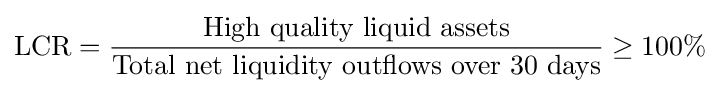
{\text{LCR}}={\frac {\text{High quality liquid assets}}{\text{Total net liquidity outflows over 30 days}}}\geq 100\%